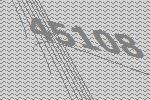
45108